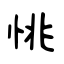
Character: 恌